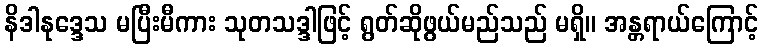
နိဒါနုဒ္ဒေသ မပြီးမီကား သုတသဒ္ဒါဖြင့် ရွတ်ဆိုဖွယ်မည်သည် မရှိ။ အန္တရာယ်ကြောင့်